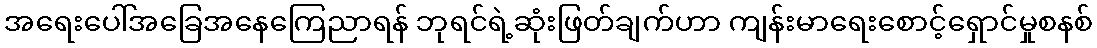
အရေးပေါ်အခြေအနေကြေညာရန် ဘုရင်ရဲ့ဆုံးဖြတ်ချက်ဟာ ကျန်းမာရေးစောင့်ရှောင်မှုစနစ်